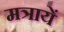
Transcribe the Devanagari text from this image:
मत्रायें